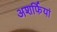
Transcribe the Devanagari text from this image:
अशर्फियां